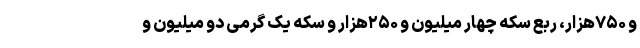
و ۷۵۰هزار، ربع سکه چهار میلیون و ۲۵۰هزار و سکه یک گرمی دو میلیون و